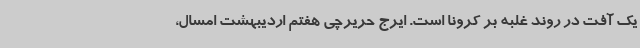
یک آفت در روند غلبه بر کرونا است. ایرج حریرچی هفتم اردیبهشت امسال،